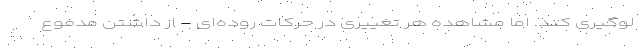
لوگیری کند. اما مشاهده هر تغییری در حرکات روده‌ای - از داشتن مدفوع